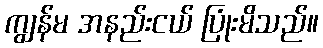
ကျွန်မ အနည်းငယ် ပြုံးမိသည်။